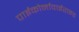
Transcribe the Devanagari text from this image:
पाईकोर्नावाईराइड